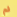
لم